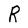
Character: R